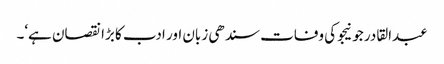
عبدالقادر جونیجو کی وفات سندھی زبان اور ادب کا بڑا نقصان ہے‘۔